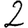
Digit: 2